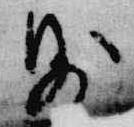
則